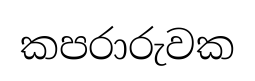
කපරාරුවක